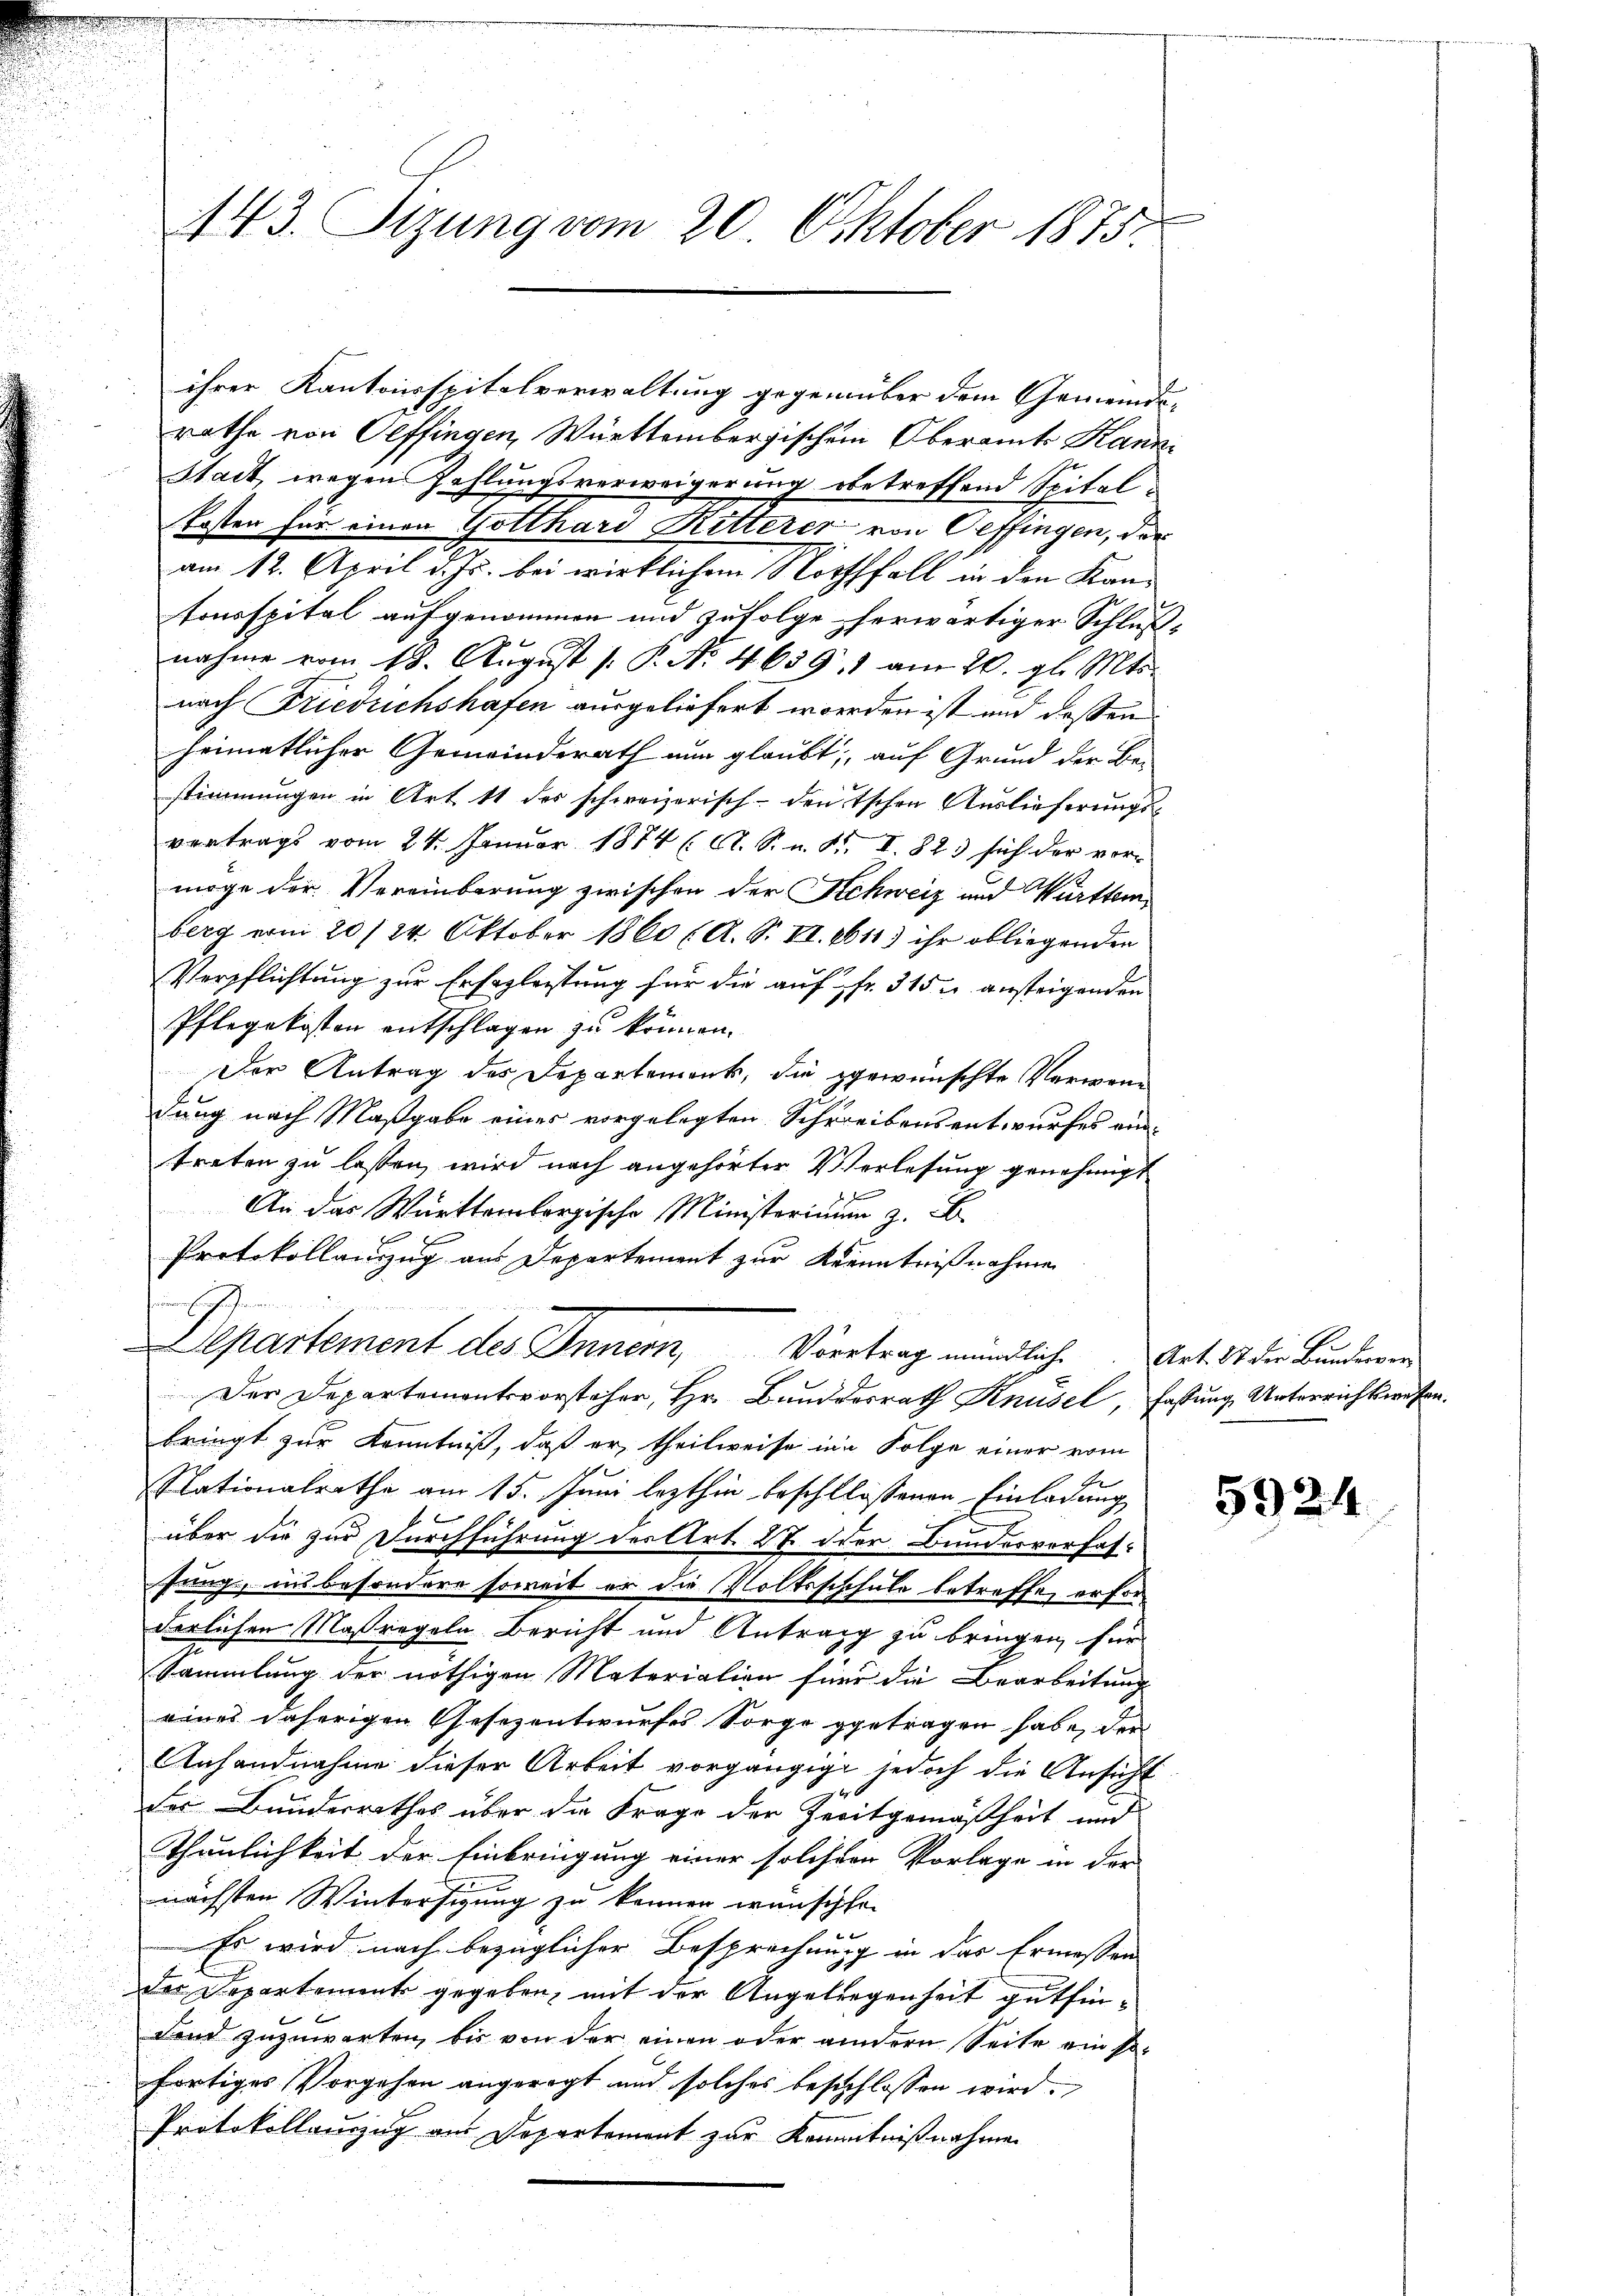
143. Sizung vom 20. Oktober 1875.

rathe von Oeffingen, Württembergischem Oberamts Kanni
Stadt, wegen Zahlungsverweigerung betreffend Spitalkosten für einen Gotthard Ritterer von Oeffingen, der
am 12. April d. Js. bei wirklichem Nothfall in den Kantonsspital aufgenommen und zufolge herwärtiger Schluß-
nahme vom 18. August 1. P. Nr. 4659, 1 am 20. gl. Mts.
nach Friedrichshafen ausgeliefert worden ist und dessen
heimatlicher Gemeinderath nun glaubt, auf Grund der Be-
stimmungen in Art 11 des schweizerisch-deutschen Auslieferungs-
vertrags vom 24. Januar 1874 (O. S. v. R. I. 823 sich der vormöge der Vereinbarung zwischen der Schweiz und Württemberg von 20/24 Oktober 1860 (A. S. II. 1611) ihr obliegenden
1
Verpflichtung zur Erfogleitung für die auf fr. 315 u. ansteigenden
Pflegekosten entschlagen zu können.
Der Antrag des Departements, die gewünschte Verwand
dung nach Maßgabe eines vorgelegten Schreibensentwurfes eintreten zu lassen, wird nach angehörter Verlesung genehmigt
An das Württembergische Ministerium z. B.
Protokollanzug aus Departement zur Kenntnißnahme
Departement des Innern, Viertrag mündliche
Der Departemontsvorsteher, Hr. Bundesrath Knüsel, Fassung Unterrichtswesen.
bringt zur Kenntniß, daß er, theilweise in Folge einer vom
Nationalrathe am 15. Juni lezthin beschlossenen Einladung
über die zur Durchführung des Art. 27 der Bundesverfasfung, insbesondere soweit er die Volksschchule betreffe, erfor
derlichen Maßregeln Bericht und Antrag zu bringen, für
Sammlung der nöthigen Materiation für die Bearbeitung
eines daherigen Gesezentwurfes Sorge getragen habe, der
Anhandnahme dieser Arbeit vorgängige jedoch die Ansicht
der Bunderrathes über die Frage der Zeitgemäßheit und
Thänlichkeit der Einbringung einer solcher Vorlage in der
nächsten Wintersigung zu können wünschte.
2
Es wird nach bezüglicher Besprechung in das Ermessen
der Departement gegeben, mit der Angeliegenheit gutfin¬
Fond zuzuwarten, bis von der einen oder andern Seite ein so-
fortiges Vorgehen angeregt und solches beschlossen wird.
Protokollauszug aus Departement zur Kenntnißnahmen

ihrer Kantonsspitalverwaltung gegenüber dem Gemeinds¬

Art. 87 der Bunderver

5924